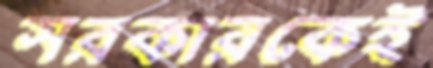
সরকারকেই